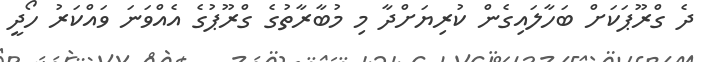
ދެ ގްރޫޕަކަށް ބަހާލައިގެން ކުރިޔަށްދާ މި މުބާރާތުގެ ގްރޫޕުގެ އެއްވަނަ ވައްކަރު ހޯދީ